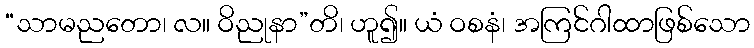
“သာမညတော၊ လ။ ဝိညုနာ”တိ၊ ဟူ၍။ ယံ ဝစနံ၊ အကြင်ဂါထာဖြစ်သော